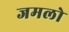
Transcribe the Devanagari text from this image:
जमलो